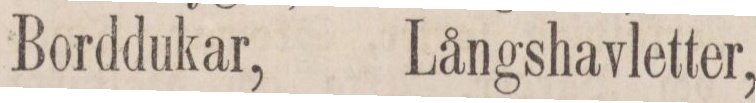
Borddukar,    Långshavletter,